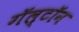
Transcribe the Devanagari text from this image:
गॅल्टॉन